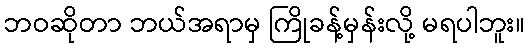
ဘဝဆိုတာ ဘယ်အရာမှ ကြိုခန့်မှန်းလို့ မရပါဘူး။